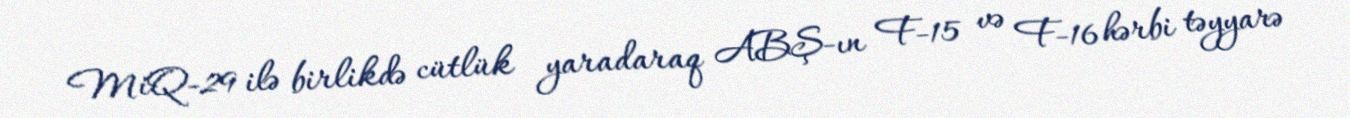
MiQ-29 ilə birlikdə cütlük yaradaraq ABŞ-ın F-15 və F-16 hərbi təyyarə